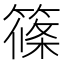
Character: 篠